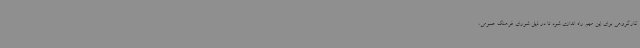
کارگروهی برای این مهم راه اندازی شود تا در ذیل شورای فرهنگ عمومی،